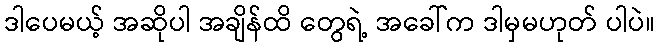
ဒါပေမယ့် အဆိုပါ အချိန်ထိ တွေရဲ့ အခေါ်က ဒါမှမဟုတ် ပါပဲ။